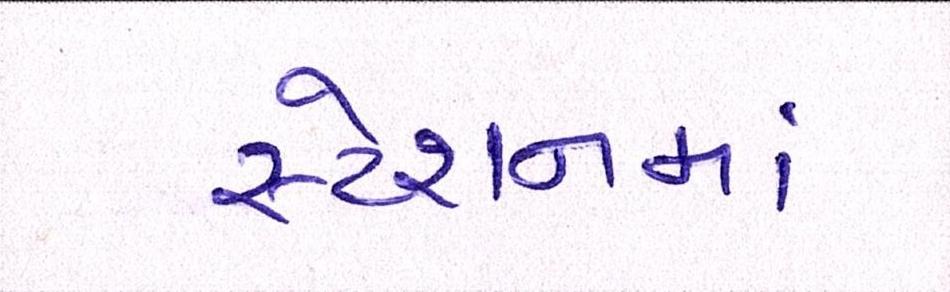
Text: સ્ટેશનમાં